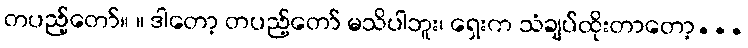
တပည့်တော်။ ။ ဒါတော့ တပည့်တော် မသိပါဘူး၊ ရှေးက သံချပ်ထိုးတာတော့...